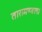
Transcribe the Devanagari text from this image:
तारामण्डल।